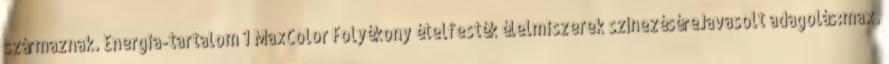
származnak. Energia-tartalom 1 MaxColor Folyékony ételfesték élelmiszerek színezéséreJavasolt adagolás:max.